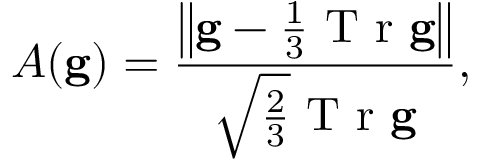
A ( \mathbf { g } ) = \frac { \left\lVert \mathbf { g } - \frac { 1 } { 3 } \mathrm { ~ T ~ r ~ } \mathbf { g } \right\rVert } { \sqrt { \frac { 2 } { 3 } } \mathrm { ~ T ~ r ~ } \mathbf { g } } ,